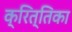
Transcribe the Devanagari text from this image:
क्रित्तिका